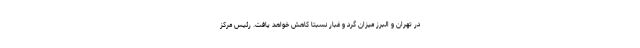
در تهران و البرز میزان گرد و غبار نسبتا کاهش خواهد یافت. رئیس مرکز